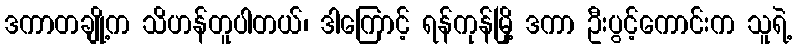
ဒကာတချို့က သိဟန်တူပါတယ်၊ ဒါကြောင့် ရန်ကုန်မြို့ ဒကာ ဦးပွင့်ကောင်းက သူရဲ့